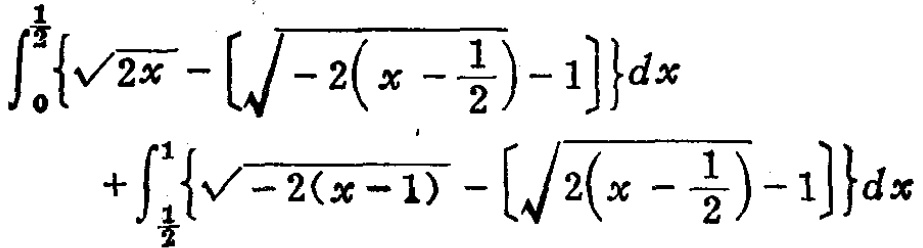
\(\int_{0}^{\frac{1}{2}}\left\{\sqrt{2x}-\left[\sqrt{-2\left(x - \frac{1}{2}\right)}-1\right]\right\}dx+\int_{\frac{1}{2}}^{1}\left\{\sqrt{-2(x - 1)}-\left[\sqrt{2\left(x - \frac{1}{2}\right)}-1\right]\right\}dx\)